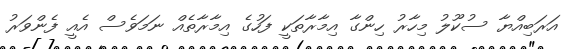
އަރަބިއްޔާ ސުކޫލު މިހާރު ހިންގާ އިމާރާތަކީ ފަހުގެ އިމާރާތެއް ނަމަވެސް އެއީ ފެންވަރު